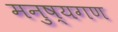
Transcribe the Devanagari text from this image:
मनुष्यगण